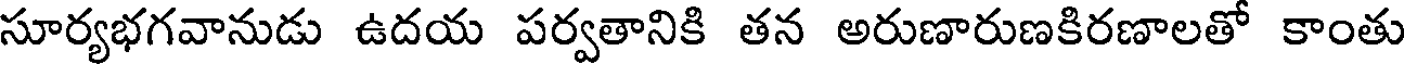
సూర్యభగవానుడు ఉదయ పర్వతానికి తన అరుణారుణకిరణాలతో కాంతు